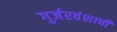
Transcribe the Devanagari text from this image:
गुर्जरवंशाची